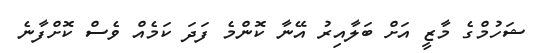
ޝަހުމްގެ މާޒީ އަށް ބަލާއިރު އޭނާ ކޮންމެ ފަދަ ކަމެއް ވެސް ކޮށްފާނެ